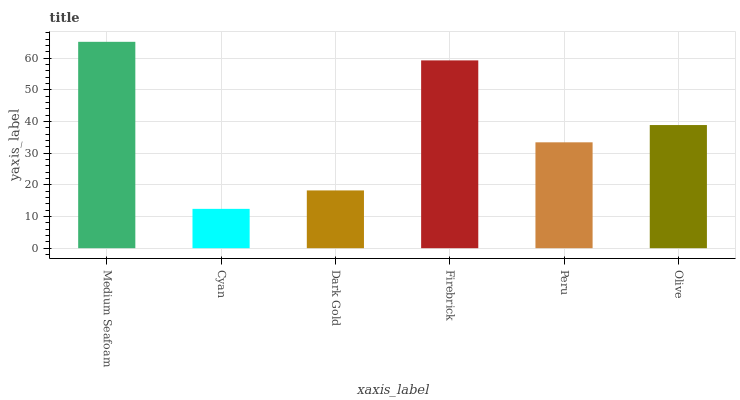
| xaxis_label | bars |
 | --- | --- |
 | Medium Seafoam | 65.1 |
 | Cyan | 12.4 |
 | Dark Gold | 18.2 |
 | Firebrick | 59.3 |
 | Peru | 33.4 |
 | Olive | 38.9 |